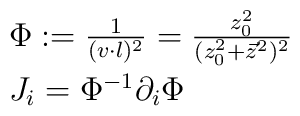
\begin{array}{l}\Phi:={1\over (v\cdot l)^2}={z_0^2\over (z_0^2+\vec{z}^2)^2}\\[5pt]J_i=\Phi^{-1}\partial_i \Phi\end{array}